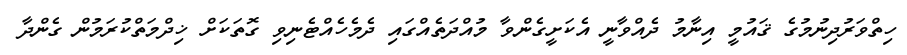
ހިތްވަރުދިނުމުގެ ޤައުމީ އިނާމު ދެއްވާނީ އެކަށީގެންވާ މުއްދަތެއްގައި ދެމެހެއްޓެނިވި ގޮތަކަށް ޚިދްމަތްކުރަމުން ގެންދާ